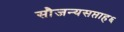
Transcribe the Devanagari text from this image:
सौजन्यसप्ताह६